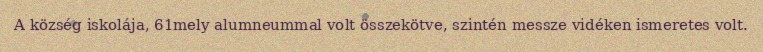
A község iskolája, 61mely alumneummal volt összekötve, szintén messze vidéken ismeretes volt.